Report on lock hospitals in British Burma
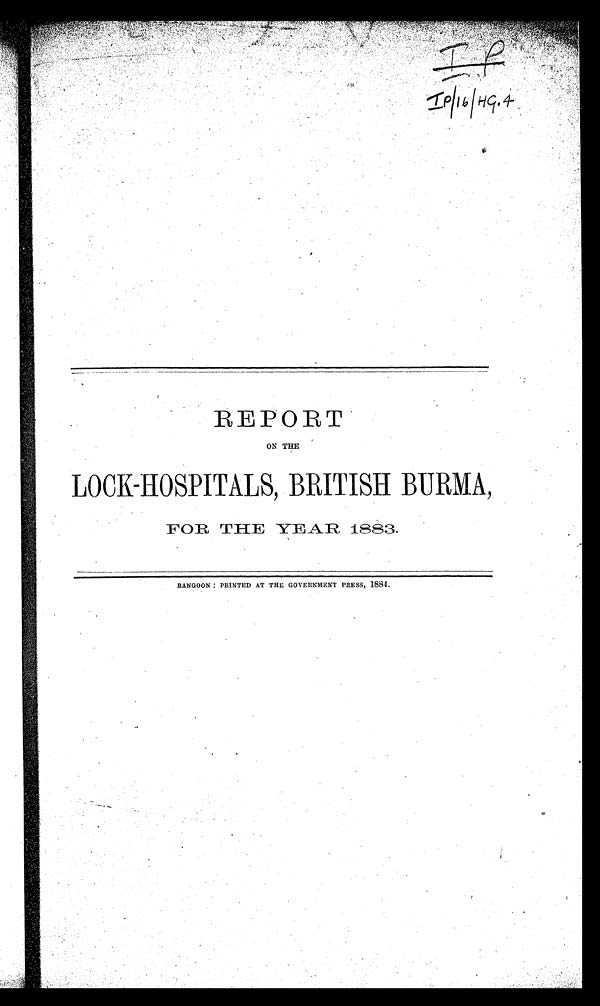
IP
IP/16/HG.4 REPORT
ON THE
LOCK-HOSPITALS, BRITISH BURMA,
FOR THE YEAR 1883.
RANGOON : PRINTED AT THE GOVERNMENT PRESS, 1884.